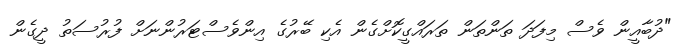
"ދުބާއީން ވެސް މިފަދަ ތަންތަން ތަރައްގީކޮށްގެން އެކި ބޭރުގެ އިންވެސްޓަރުންނަށް ފުރުސަތު ދީގެން